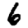
Digit: 6